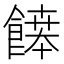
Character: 𩞑